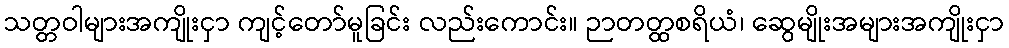
သတ္တဝါများအကျိုးငှာ ကျင့်တော်မူခြင်း လည်းကောင်း။ ဉာတတ္ထစရိယံ၊ ဆွေမျိုးအများအကျိုးငှာ